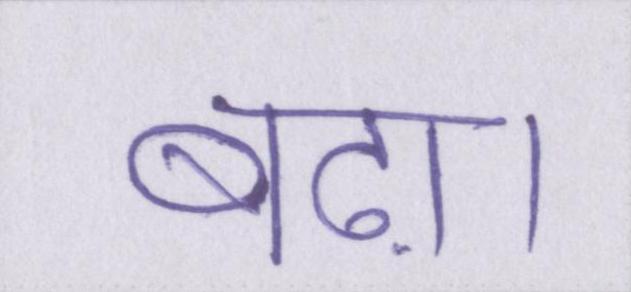
बढ़ा।